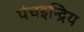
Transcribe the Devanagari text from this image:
पंचइन्द्रिय